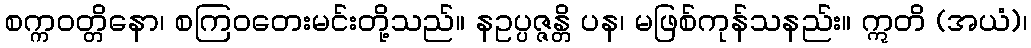
စက္ကဝတ္တိနော၊ စကြဝတေးမင်းတို့သည်။ နဥပ္ပဇ္ဇန္တိ ပန၊ မဖြစ်ကုန်သနည်း။ ဣတိ (အယံ)၊